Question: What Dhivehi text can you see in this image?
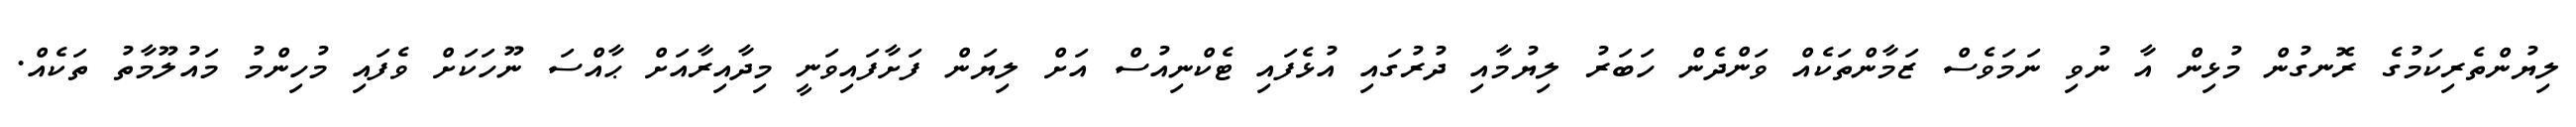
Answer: ލިޔުންތެރިކަމުގެ ރޮނގުން މުޅިން އާ ނުވި ނަމަވެސް ޒަމާންތަކެއް ވަންދެން ހަބަރު ލިޔުމާއި ދުރުގައި އުޅެފައި ޓެކްނިއުސް އަށް ލިޔަން ފަށާފައިވަނީ މިދާއިރާއަށް ޙާއްސަ ނޫހަކަށް ވެފައި މުހިންމު މައުލޫމާތު ތަކެއް.